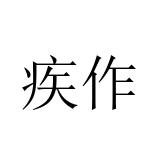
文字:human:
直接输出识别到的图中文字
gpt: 疾作